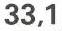
33,1